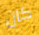
كان